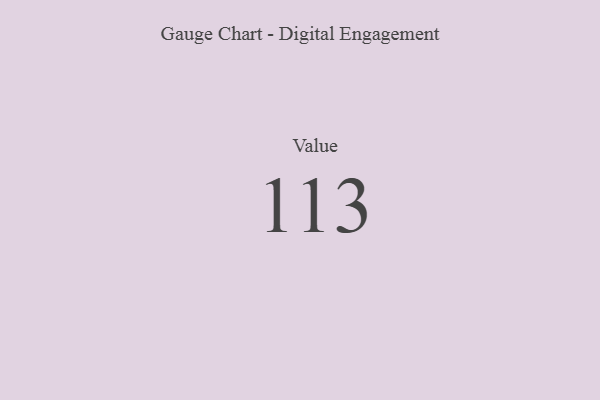
{"axis": {"x": "Metric", "y": "Value"}, "legend": [""], "data": [{"x": "Value", "y": 113, "type": ""}]}